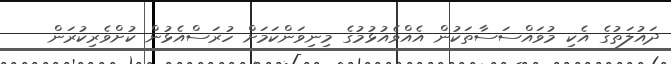
ދައުލަތުގެ އެކި މުވައްސަސާތަކުން އެއްވެއުޅުމުގެ މިނިވަންކަމަށް ހުރަސްއެޅުން ކުށްވެރިކުރަން